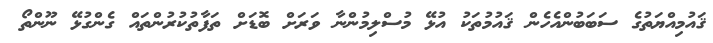
ޤައުމިއްޔަތުގެ ސަބަބުންއެހެން ޤައުމުތަކު އުޅޭ މުސްލިމުންނާ ވަރަށް ބޮޑަށް ތަފާތުކުރުންތައް ގެންގުޅޭ ނޫންތޯ